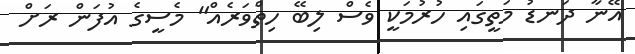
އޭނާ ދަނޑު މަތީގައި ހުރުމަކީ ވެސް ލިބޭ ހިތްވަރެއް" މެސީގެ އުފަން ރަށް